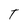
Character: T